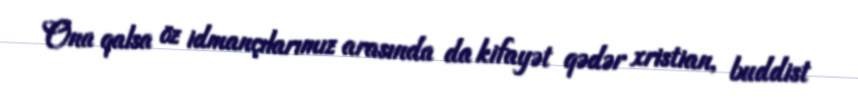
Ona qalsa öz idmançılarımız arasında da kifayət qədər xristian, buddist